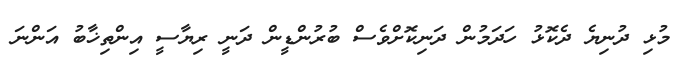
މުޅި ދުނިޔެ ދެކޮޅު ހަދަމުން ދަނިކޮށްވެސް ބުރުންޑީން ދަނީ ރިޔާސީ އިންތިޚާބު އަންނަ